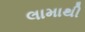
લામાથી